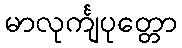
မာလုင်္ကျပုတ္တော